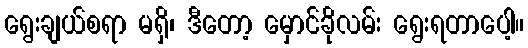
ရွေးချယ်စရာ မရှိ၊ ဒီတော့ မှောင်ခိုလမ်း ရွေးရတာပေါ့။